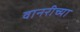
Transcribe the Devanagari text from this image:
वानरीच्या